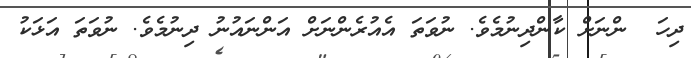
ދިހަ  ންނަށް ކާންދިނުމެވެ. ނުވަތަ އެއުރެންނަށް އަންނައުނު ދިނުމެވެ. ނުވަތަ އަޅަކު